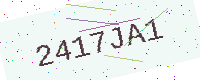
Text: 2417JA1